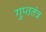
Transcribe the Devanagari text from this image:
गुप्ततंत्र